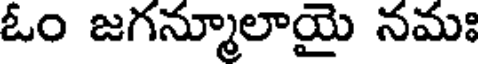
ఓం జగన్మూలాయై నమః